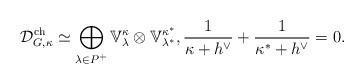
LaTeX: \begin{align*}\mathcal{D}_{G, \kappa}^{\mathrm{ch}}\simeq \bigoplus_{\lambda\in P^+} \mathbb{V}^{\kappa}_\lambda\otimes \mathbb{V}^{\kappa^*}_{\lambda^*},\frac{1}{\kappa+h^\vee}+\frac{1}{\kappa^*+h^\vee}=0.\end{align*}